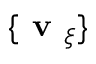
\{ \textbf { v } _ { \xi } \}